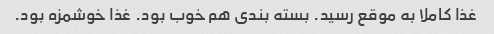
غذا کاملا به موقع رسید. بسته بندی هم خوب بود. غذا خوشمزه بود.